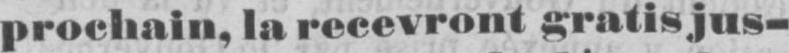
prochain, la recevront gratis jus-